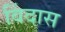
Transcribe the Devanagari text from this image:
विंदास